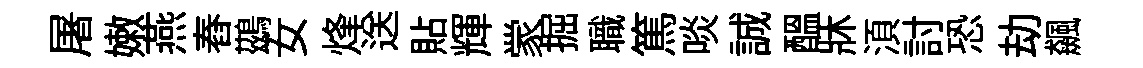
屠嫩燕舂鷀女烽送貼輝䝉掘職篤啖誠醖牀湏討恐劫飆